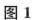
图1